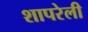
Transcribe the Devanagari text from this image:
शापरेली